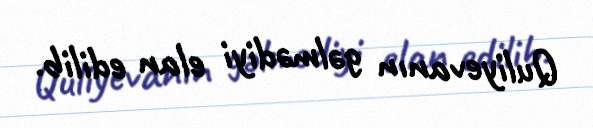
Quliyevanın gəlmədiyi elan edilib.